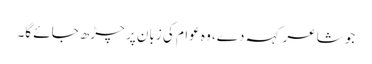
جو شاعر کہہ دے، وہ عوام کی زبان پر چڑھ جائے گا۔